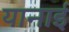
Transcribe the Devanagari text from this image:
यानाई